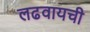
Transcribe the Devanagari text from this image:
लढवायची